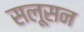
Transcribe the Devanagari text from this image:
सलूसन